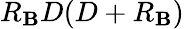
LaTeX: R_{\mathbf{B}}D(D+R_{\mathbf{B}})